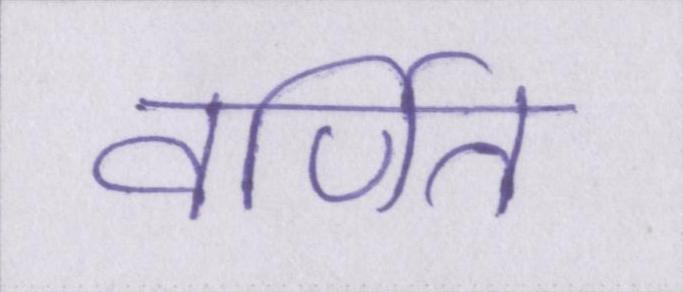
वर्णित